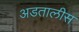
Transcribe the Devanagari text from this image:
अडतालीस